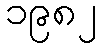
၁၉၈၂